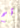
تم